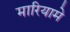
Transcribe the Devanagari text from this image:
मारियामे